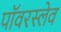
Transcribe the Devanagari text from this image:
पॉवरस्लेव